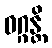
ဝဂ္ဂန္တိ